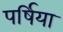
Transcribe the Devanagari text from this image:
पर्षिया